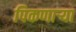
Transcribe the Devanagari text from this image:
पिकणाऱ्या